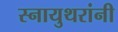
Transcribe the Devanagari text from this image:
स्नायुथरांनी